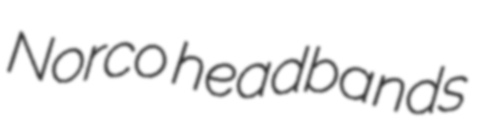
Norco headbands